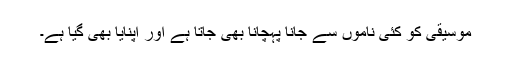
موسیقی کو کئی ناموں سے جانا پہچانا بھی جاتا ہے اور اپنایا بھی گیا ہے۔